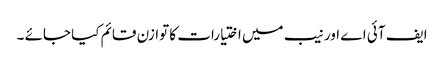
ایف آئی اے اور نیب میں اختیارات کا توازن قائم کیا جائے ۔